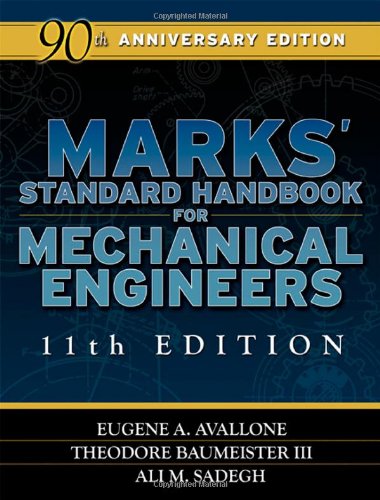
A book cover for Marks' Standard Handbook for Mechanical Engineers 11th Edition; Eugene Avallone; Engineering & Transportation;